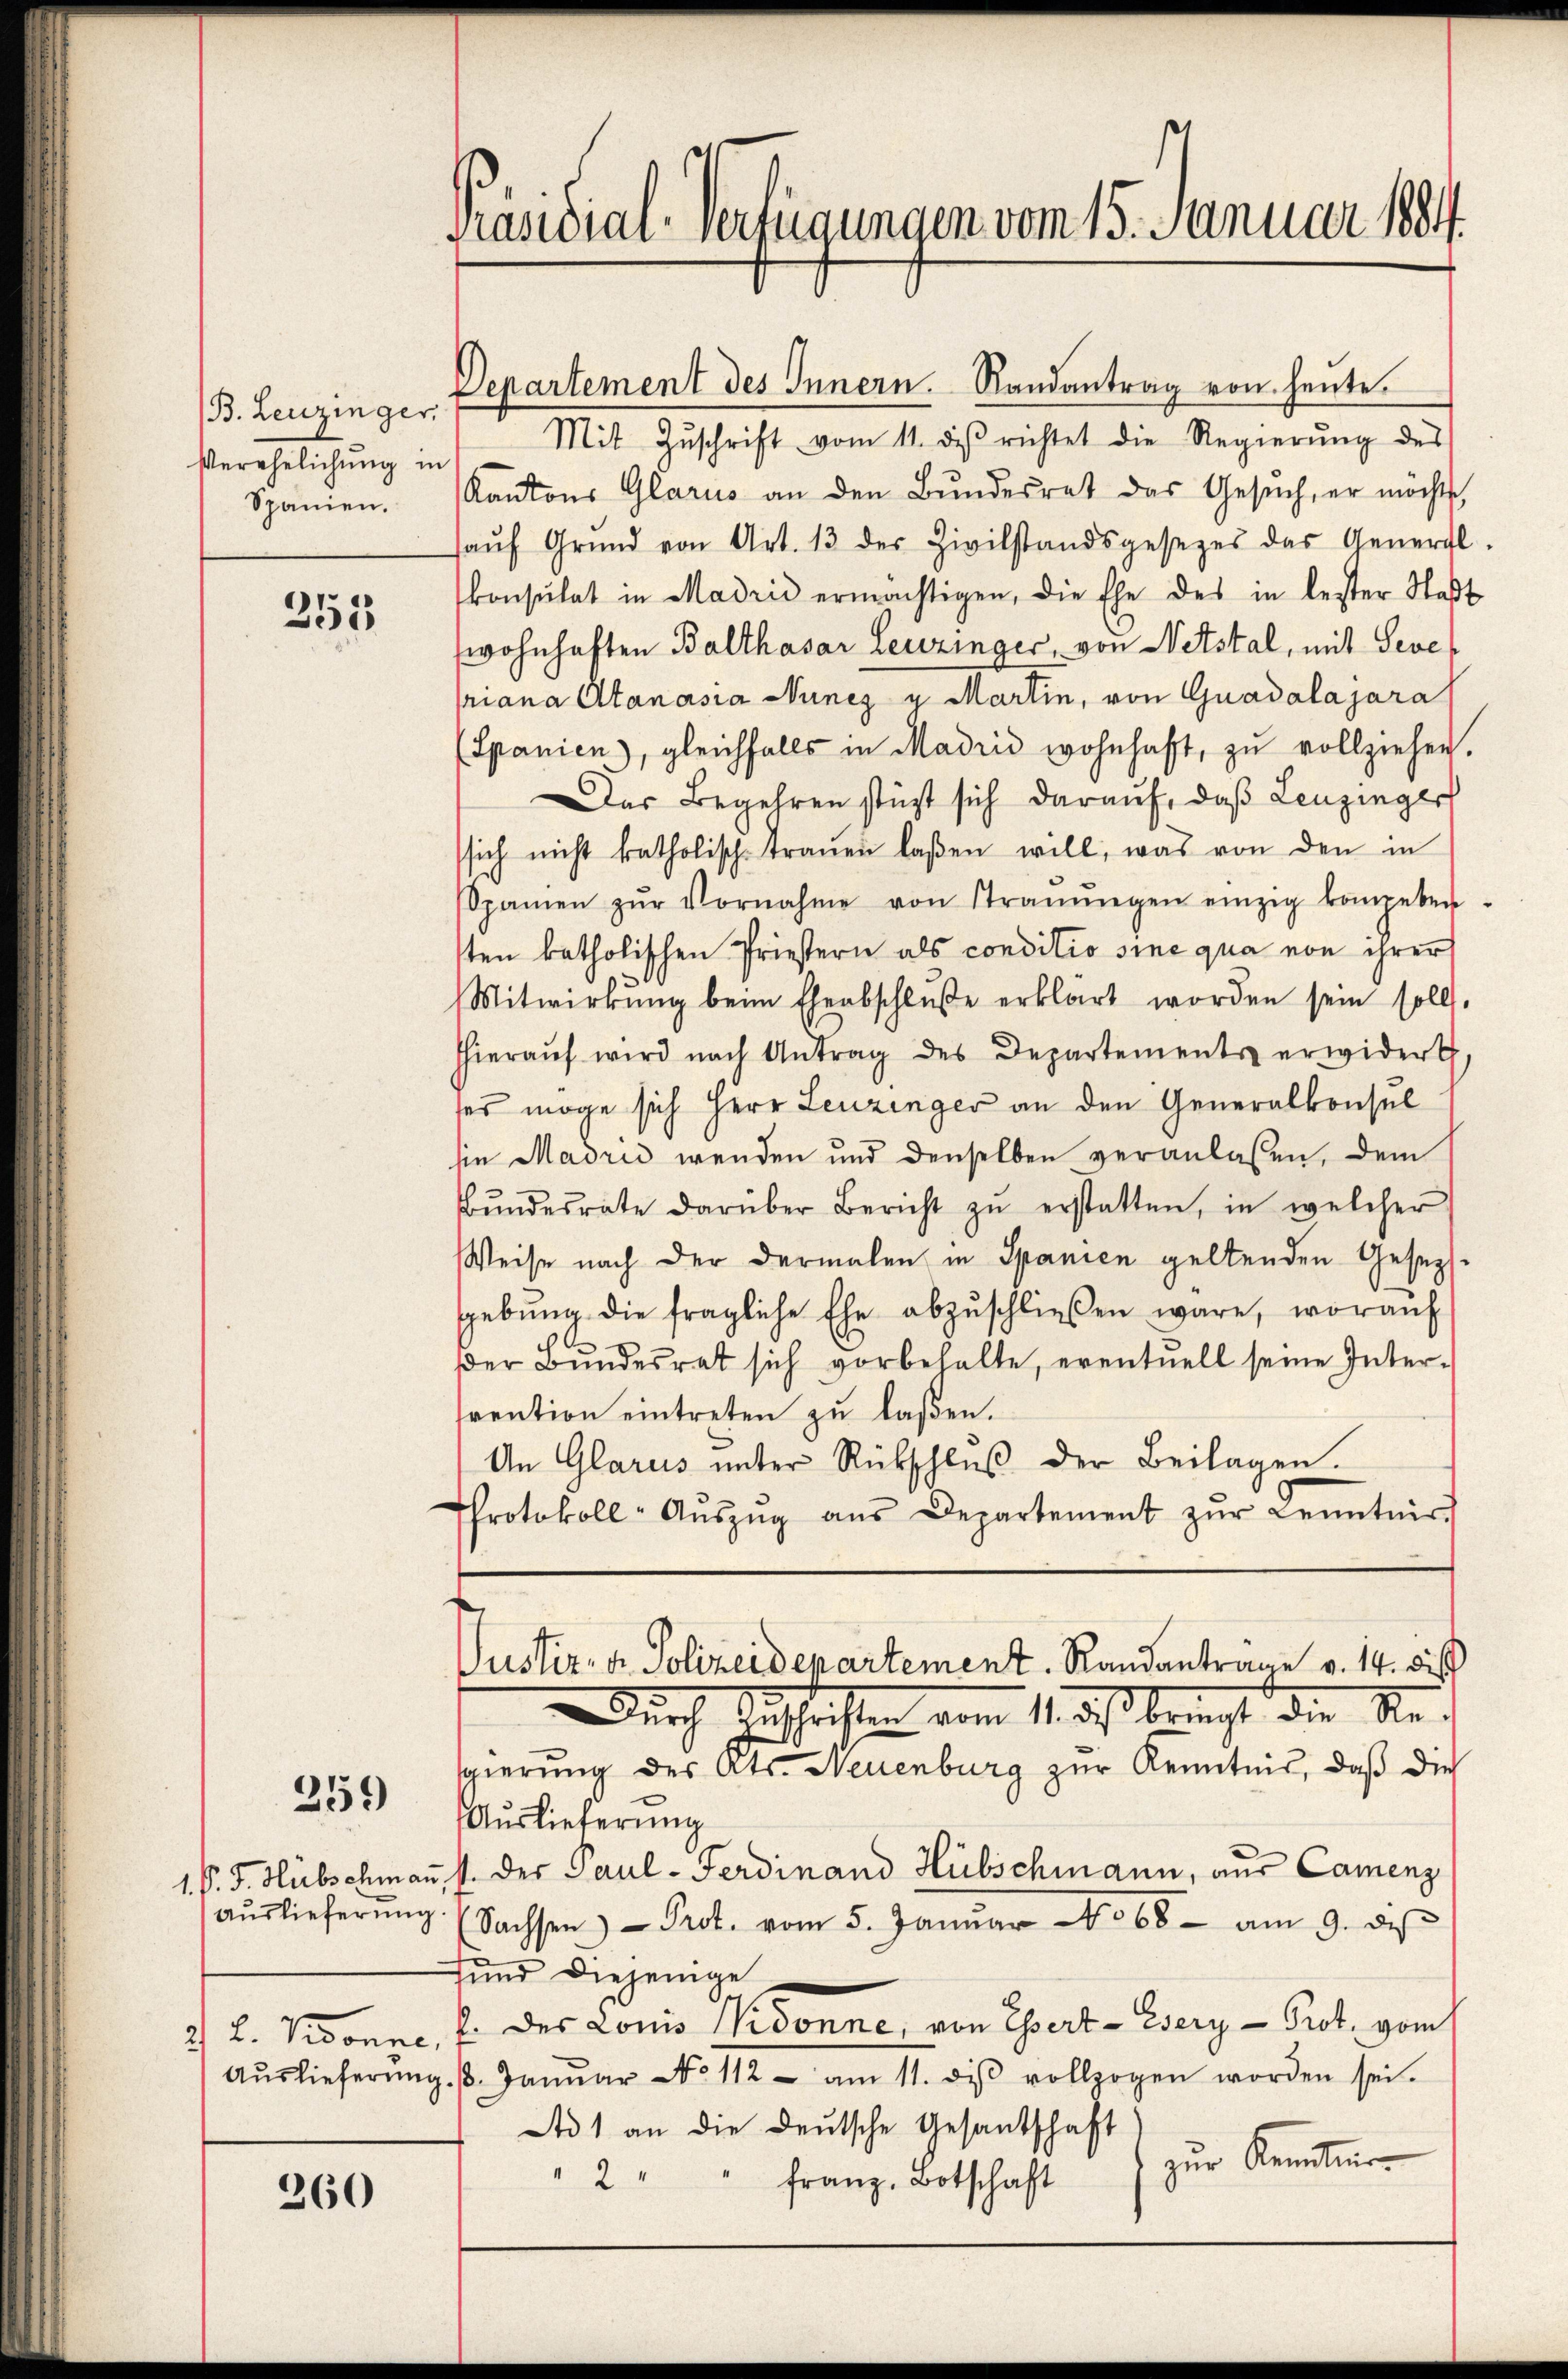
B. Leuzinger.
serehelichung in
Spanien.

255

259

260

Präsidial-Verfügungen vom 15. Januar 1884.

Mit Zŭschrift vom 11. des richtet die Regierŭng des
Kantons Glarus an den Bŭndesrat das Gesŭch, er möcht
aŭf Grŭnd von Art. 13 der Zivilstandsgesezes das General.
konsulat in Madrić ermächtigen, die Ehe des in letzter Stadt
wohnhaften Balthasar Leuzinger, von Netstal, mit Severiana Stanasia Nunez u. Martin, von Guadalajara
(Spanien), gleichfalls in Madrić wohnhaft, zu vollziehen.
Das Begehren stüzt sich darauf, daß Leuzinger
ssich nicht katholisch-traŭen laßen will, was von den in
Spanien zŭr Vornahme von Straŭŭngen einzig kompeten.
sten katholischen Priestern als conditio sine qua von ihrer
Mitwirkung beim Eheabschluße erklärt worden sein soll.
hhieraŭf wird nach Antrag des Departements erwidert.
ses möge sich Herr Leuzinger an den Generalkonsul
sie Madrić wenden und denselben veranlassen, dem
Bŭndesrate darüber Bericht zŭ erstatten, in welcher
Weise nach der dermalen in Spanien geltenden Geseztgebŭng die fragliche Ehe abzŭschlieβen wäre, worauf
Der Bundesrat sich vorbehalte, eventuell seine Interfrention eintreten zŭ laßen.
An Glarus unter Rückschluß der Beilagen.
Protokoll-Aŭszŭg aŭs Departement zŭr Kenntniss

Departement des Innern. Randantrag von heŭte.

Justiz- & Polizeidepartement. Randantrage v. 14. dies
Durch Zuschriften vom 1. erst berecht die An¬

sgierung des Kts. Neuenburg zur Kenntnis, daß die
Auslieferung
1. P. J. Hübschmann, s. der Paul - Ferdinand Hübschmann, aus Camenz
aŭslieferŭng. (Sachsen Prot. vom 5. Janŭar No 68 - am 9. des
fŭnd diejenige
2) L. Kronne, Er des Louis donne, von Esert - Esery - Prot. vom
Aŭslieferŭng. 3. Janŭar No 112 - am 11. diβ vollzogen worden sei.
Ad 1 an die Deutsche Gesandschaft
zur Kentner-
" 2
franz, Botschaft